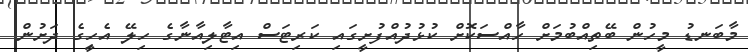
މާބަނޑު މީހުން ބޭތިއްބުމަށް ހާއްސަކޮށް ކުޅުދުއްފުށީގައި ކަރިޓަސް އިޓާލިއާނާގެ ހިލޭ އެހީިގެ ދަށުން